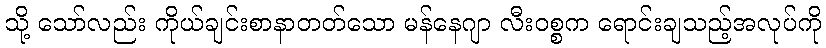
သို့ သော်လည်း ကိုယ်ချင်းစာနာတတ်သော မန်နေဂျာ လီးဝစ္စက ရောင်းချသည့်အလုပ်ကို